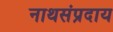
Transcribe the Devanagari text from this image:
नाथसंप्रदाय